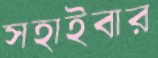
সহাইবার